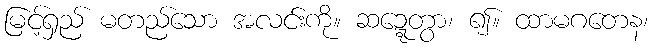
မြင့်ရှည် မတည်သော အလင်းကို။ ဆဍ္ဍေတွာ၊ ၍။ ထာမဂတေန၊